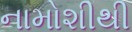
નામોશીથી